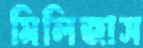
মিলিজাস